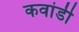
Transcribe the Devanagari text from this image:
कवांडी